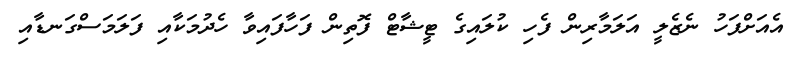
އެއަށްފަހު ނެޒެލީ އަލަމާރިން ފެހި ކުލައިގެ ޓީޝާޓް ފޮތިން ފަހާފައިވާ ހެދުމަކާއި ފަލަމަސްގަނޑާއި